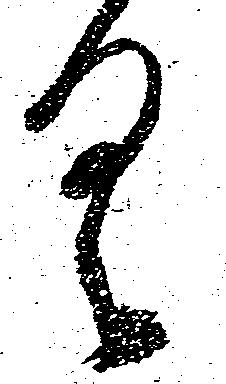
く